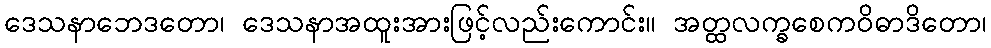
ဒေသနာဘေဒတော၊ ဒေသနာအထူးအားဖြင့်လည်းကောင်း။ အတ္ထလက္ခစေကဝိဓာဒိတော၊